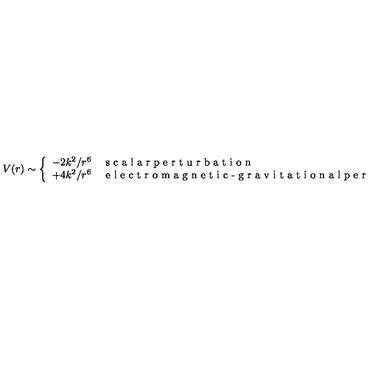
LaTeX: V ( r ) \sim \left\{ \begin{array} { c l } { - 2 k ^ { 2 } / r ^ { 6 } } & { \textrm { s c a l a r p e r t u r b a t i o n } } \\ { + 4 k ^ { 2 } / r ^ { 6 } } & { \textrm { e l e c t r o m a g n e t i c - g r a v i t a t i o n a l p e r t u r b a t i o n } } \\ \end{array} \right.